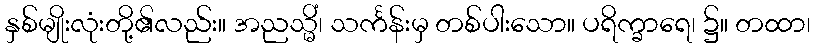
နှစ်မျိုးလုံးတို့၏လည်း။ အညသ္မိံ၊ သင်္ကန်းမှ တစ်ပါးသော။ ပရိက္ခာရေ၊ ၌။ တထာ၊